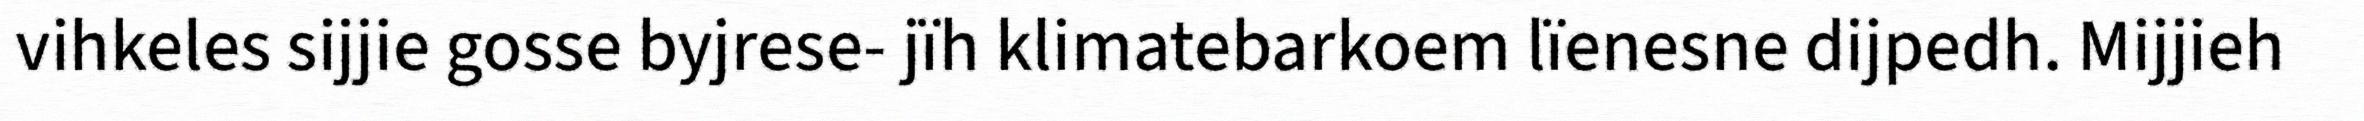
vihkeles sijjie gosse byjrese- jïh klimatebarkoem lïenesne dijpedh. Mijjieh